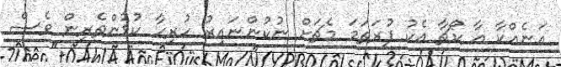
އަނެއްކާ އާ ކޯޗާ އެކު ފުރަތަމަ މެޗަށް ނުކުންނައިރު ހުރިިހާ ކުޅުންތެރިން ވެސް